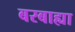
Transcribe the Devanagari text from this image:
बरबाह्या